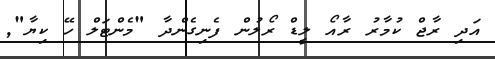
އަދި ރާޖް ކުމާރު ރާއޯ ލީޑް ރޯލުން ފެނިގެންދާ "މެންޓަލް ހޭ ކިޔާ"